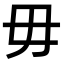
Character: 毋